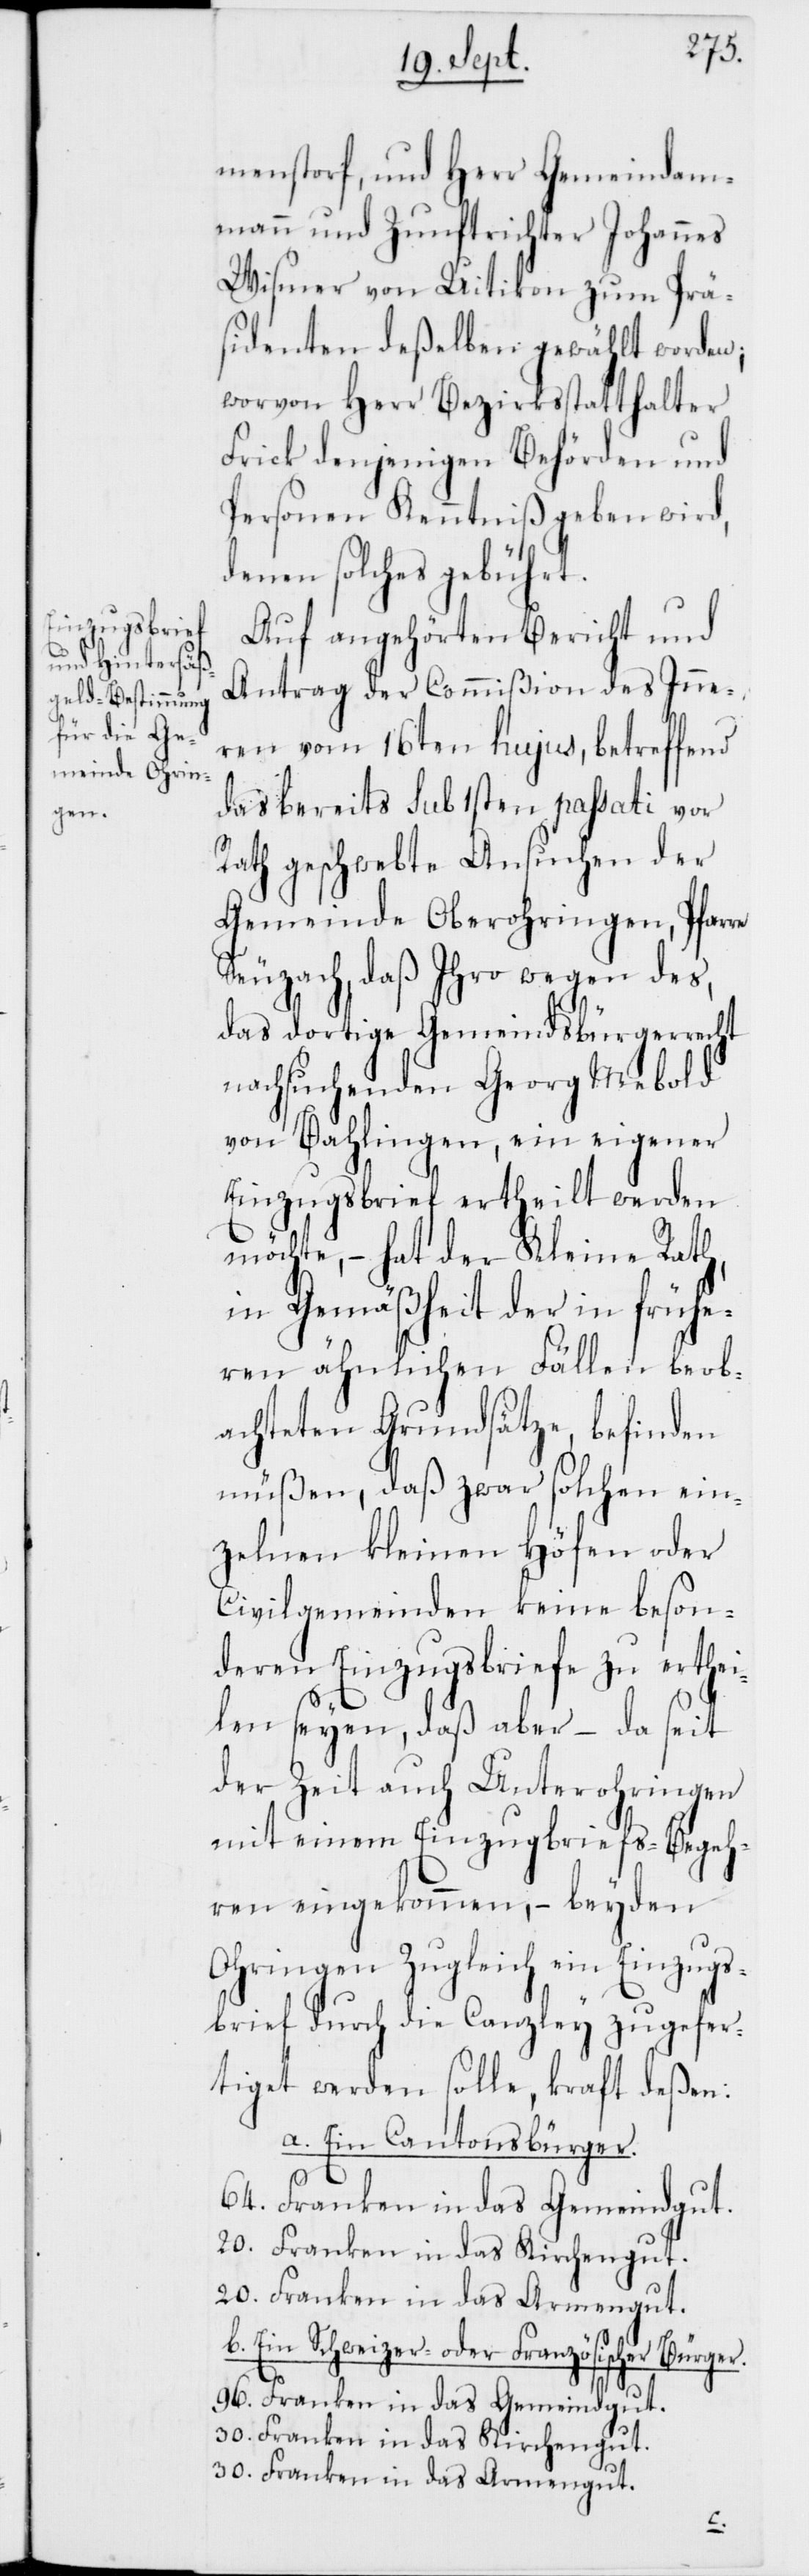
menstorf, und Herr Gemeindam¬
mann und Zunftrichter Johannes
Wismer von Uitikon zum Prä¬
sidenten deßelben gewählt worden;
worvon Herr Bezirksstatthalter
Frick denjenigen Behörden und
Personen Kenntniß geben wird,
denen solches gebührt.
Auf angehörten Bericht und
Antrag des Commißion des Inne¬
ren vom 16ten hujus, betreffend
das bereits sub 1sten passati vor
Rath geschwebte Ansuchen der
Gemeinde Oberohringen, Pfarre
Seuzach, daß Ihro wegen des,
das dortige Gemeindsbürgerrecht
nachsuchenden Georg Mebold
von Bahlingen, ein eigener
Einzugsbrief ertheilt werden
möchte, – hat der Kleine Rath,
in Gemäßheit der in frühe¬
ren ähnlichen Fällen beob¬
achteten Gründsätze, befinden
müßen, daß zwar solchen ein¬
zelnen kleinen Höfen oder
Civilgemeinden keine beson¬
deren Einzugsbriefe zu erthei¬
len seyen, daß aber – da seit
der Zeit auch Unterohringen
mit einem Einzugsbriefs-Begeh¬
ren eingekommen, – beyden
Ohringen zugleich ein Einzugs¬
brief durch die Canzley zugefer¬
tiget werden solle, kraft deßen:
a. Ein Cantonsbürger.
64. Franken in das Gemeindgut.
20. Franken in das Kirchengut.
20. Franken in das Armengut.
b. Ein Schweizer- oder Französischer Bürger.
96. Franken in das Gemeindgut.
30. Franken in das Kirchengut.
30. Franken in das Armengut.